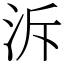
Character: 泝